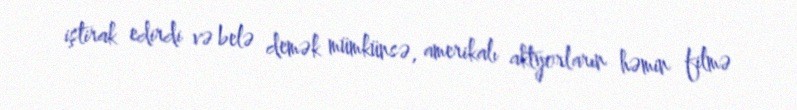
iştirak edirdi və belə demək mümkünsə, amerikalı aktyorların həmin filmə